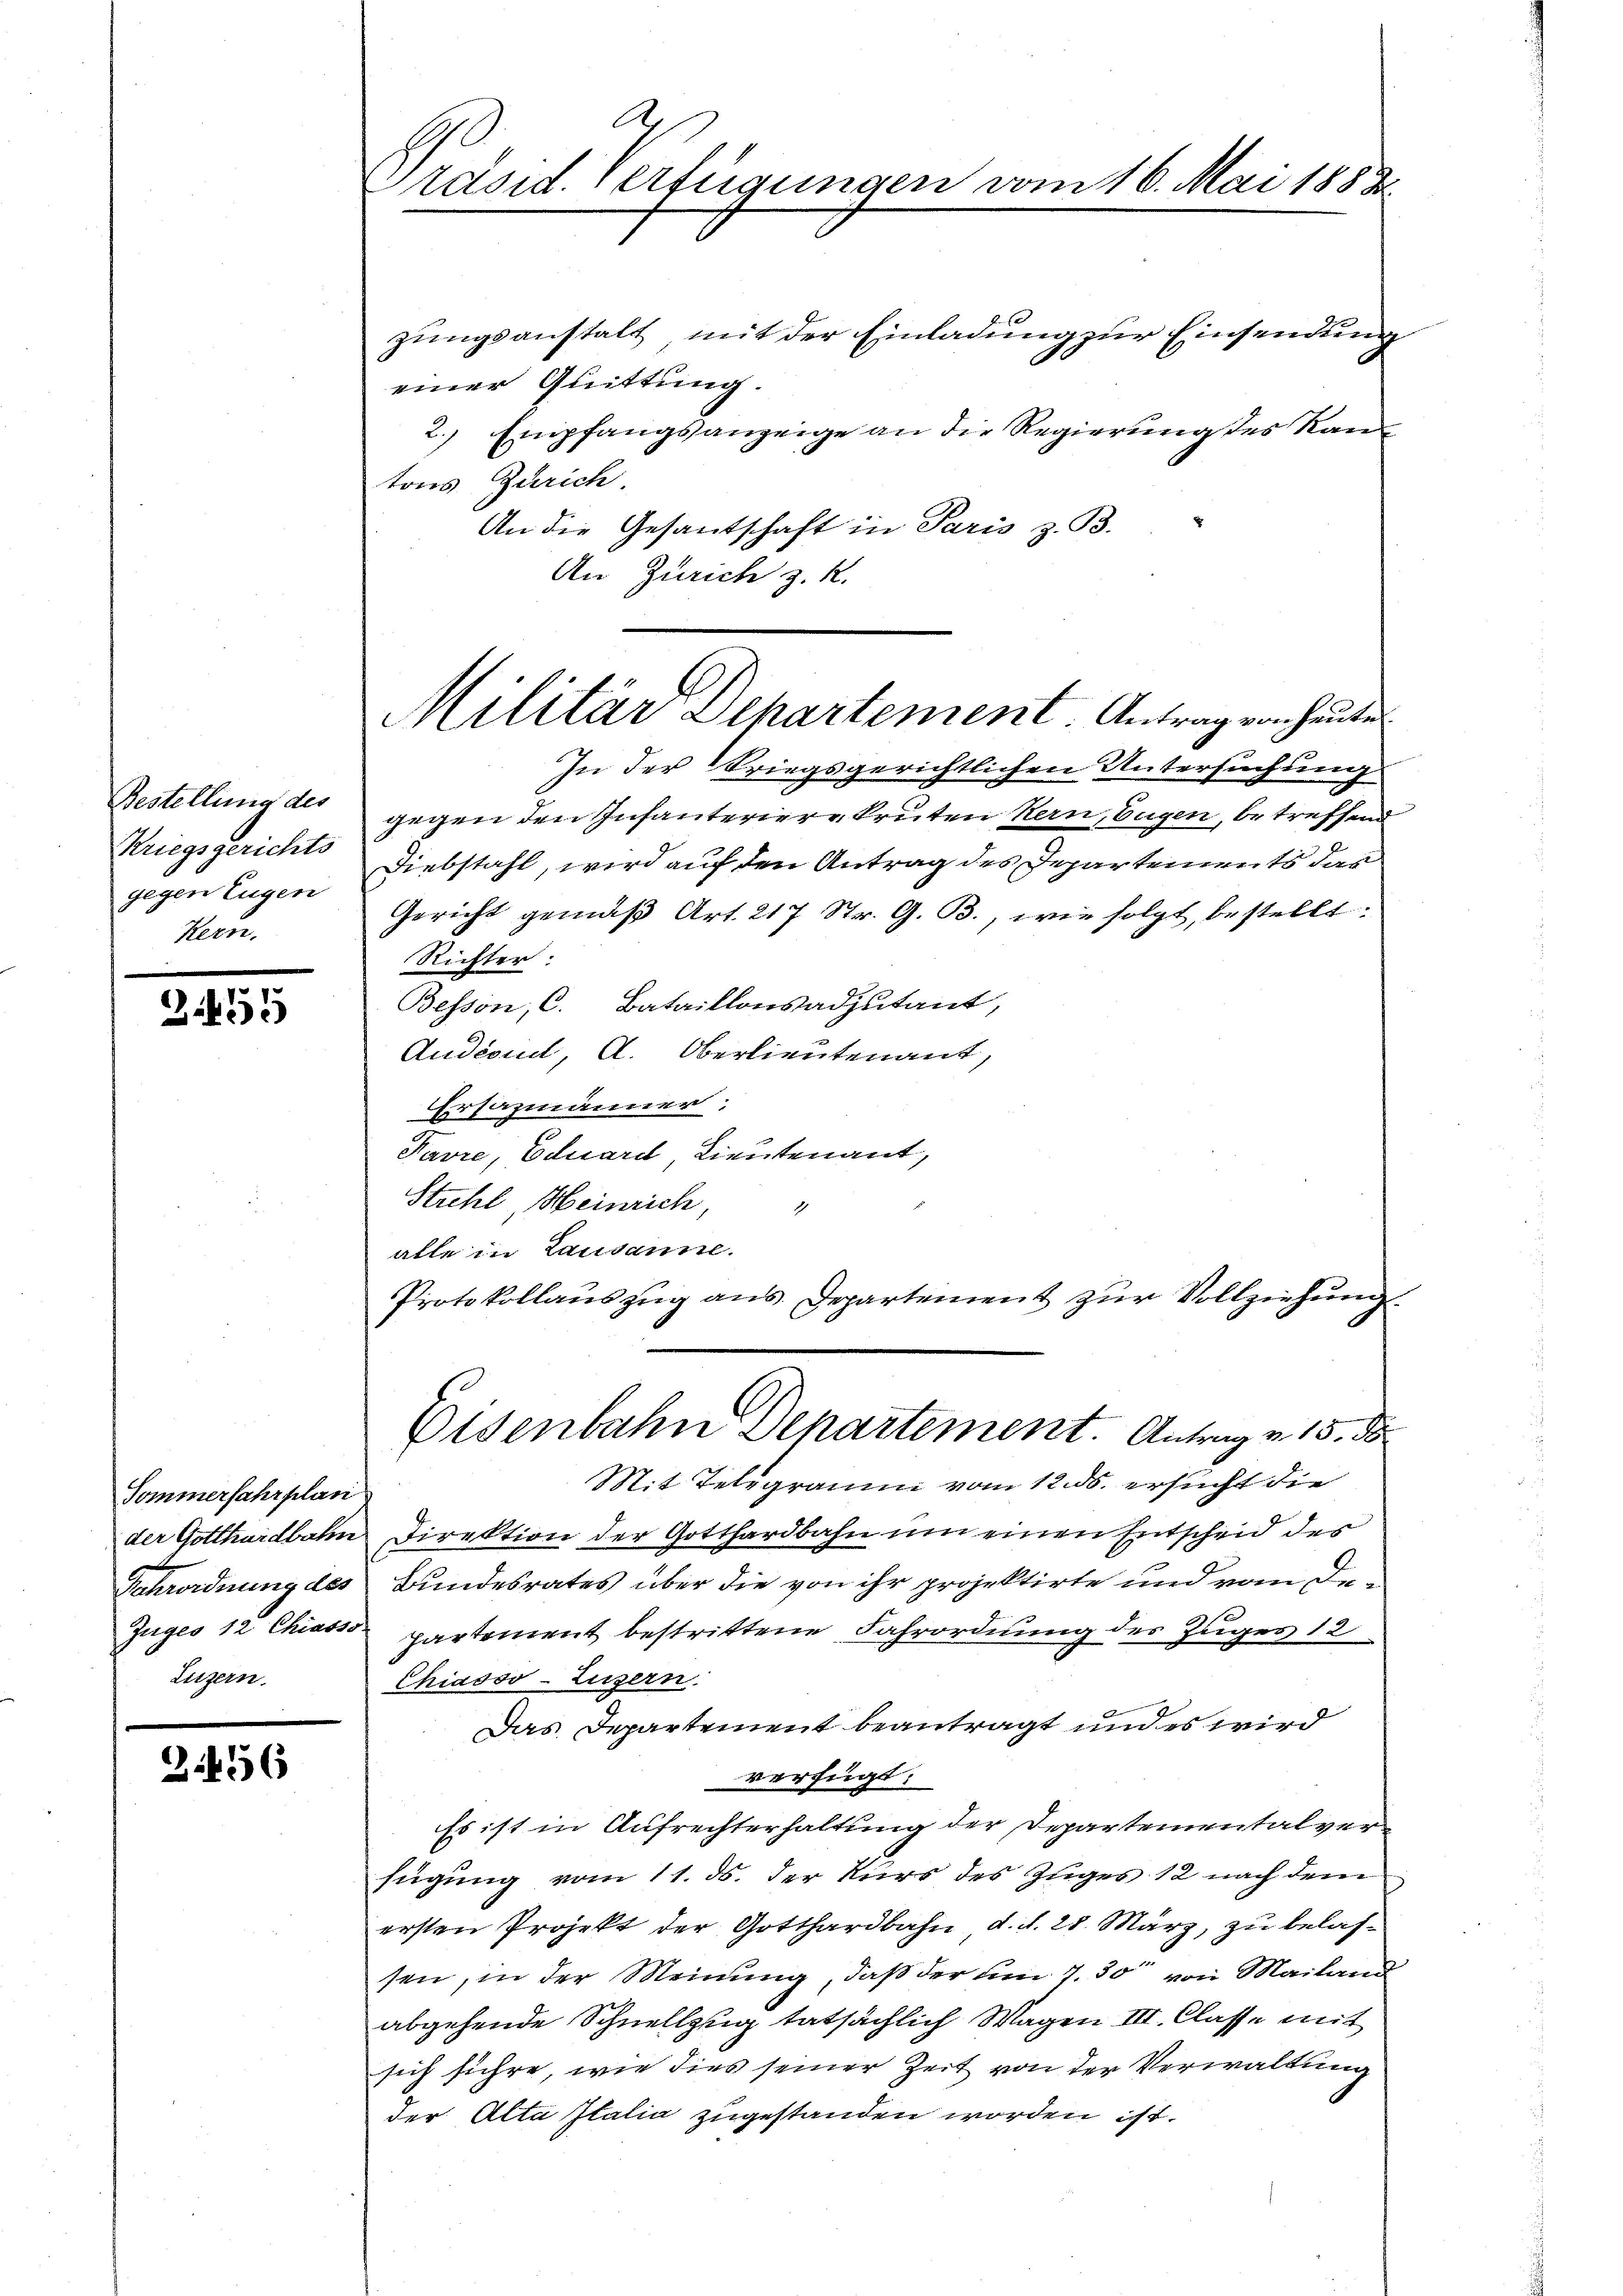
Bestellung des
Kriegsgerichts
gegen Eugen
Hern.

Bi455

Sommerfahrplan
Luzern.

3456

zungsanstalt, mit der Einladung zur Einsendung
einer Quittung.
2. Empfangsanzeige an die Regierung des Kantons Zürich.
An die Gesantschaft in Paris z. B.
An Zürich z. R.

A
Präsid. Verfügungen vom 16. Mai 1883

Militär Departement. Antrag von heute

In der Kriegsgerichtlichen Untersuchung
gegen den Infanterierekruten Kern, Eugen, betreffend
Diebstahl, wird auf den Antrag des Departements das
Gericht gemäß Art. 217 Str. G. B., wie folgt, bestellt:
Richter.
Besson, C. Bataillonsadjutant,
Audeoud, A. Oberlieutenant,
sazmänner,
Pavre, Eduard, Lieutenant,
Strehl, Heinrich,
alle in Lausanne.
Protokollauszug aus. Departement zur Vollziehung

Eisenbahn Departement. Antrag v. 15. d

Mit Telegramm vom 12. ds. ersucht die
der Gotthardbahn Direktion der Gotthardbahn um einen Entscheid des
Kehrordnung des Bundesrates über die von ihr projektirte und vom De¬
Zuges 12 Chias partement bestrittene Fahrordnung des Zuges 12
Chiasso Luzern.
Das Departement beantragt und es wird
verfügt:
Es ist in Aufrechterhaltung der Departementalverfügung vom 11. ds. der Kurs des Zuges 12 nach dem
ersten Projekt der Gotthardbahn, d. d. 28. März, zu belassen, in der Meinung, daß der um 7. 30 von Mailand
abgehende Schnellzug tatsächlich Wagen III. Classe mit
sich führe, wie dies seiner Zeit von der Verwaltung
der Alta Italia zugestanden worden ist.